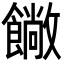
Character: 𩞥